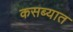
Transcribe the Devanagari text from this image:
कसब्यात